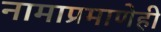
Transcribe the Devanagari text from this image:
नामाप्रमाणेही